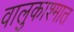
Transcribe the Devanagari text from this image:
वालुकाश्मात